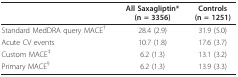
<table><thead><tr><td></td><td><b>All Saxagliptin*(n = 3356)</b></td><td><b>Controls(n = 1251)</b></td></tr></thead><tbody><tr><td>Standard MedDRA query MACE<sup>†</sup></td><td>28.4 (2.9)</td><td>31.9 (5.0)</td></tr><tr><td>Acute CV events</td><td>10.7 (1.8)</td><td>17.6 (3.7)</td></tr><tr><td>Custom MACE<sup>‡</sup></td><td>6.2 (1.3)</td><td>13.1 (3.2)</td></tr><tr><td>Primary MACE<sup>§</sup></td><td>6.2 (1.3)</td><td>13.9 (3.3)</td></tr></tbody></table>